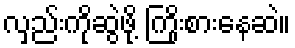
လှည်းကိုဆွဲဖို့ ကြိုးစားနေဆဲ။